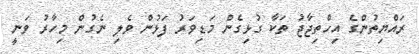
ރައްޔިތުންގެ އިހްތިޖާޖު ތަކާ ގުޅިގެން މަޑިވަރު ފަޅުން ވެލި ނެގުން މިހާރު ވަނީ